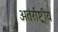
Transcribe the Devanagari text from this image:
अतंर्राष्ट्रीय